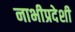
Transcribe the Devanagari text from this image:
नाभीप्रदेशी